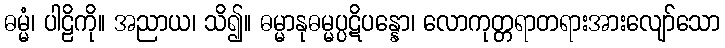
ဓမ္မံ၊ ပါဠိကို။ အညာယ၊ သိ၍။ ဓမ္မာနုဓမ္မပ္ပဋိပန္နော၊ လောကုတ္တရာတရားအားလျော်သော